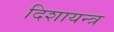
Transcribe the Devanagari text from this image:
दिशायन्त्र